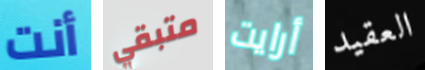
أنت متبقي أرايت العقيد